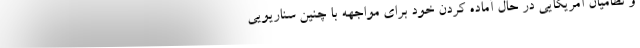
و نظامیان آمریکایی در حال آماده کردن خود برای مواجهه با چنین سناریویی